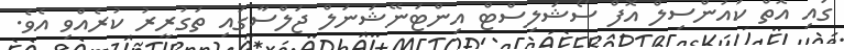
ގައި އޮތް ކައުންސިލް އޮފް ސޯޝަލިސްޓް އިންޓަނޭޝަނަލް ޖަލްސާގައި ތަގުރީރު ކުރެއްވި އެވެ.